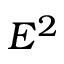
E ^ { 2 }